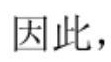
因此，